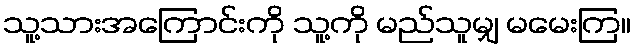
သူ့သားအကြောင်းကို သူ့ကို မည်သူမျှ မမေးကြ။